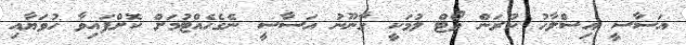
އަސާސީ އިސްލާހު ކުރަން ވޯޓް ލުމަކީ ގާނޫނު އަސާސީ ނެގެހެއްޓުމަށް ކޮށްފައިވާ ހުވަޔާއި